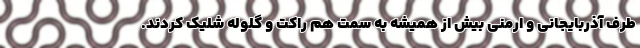
طرف آذربایجانی و ارمنی بیش از همیشه به سمت هم راکت و گلوله شلیک کردند.